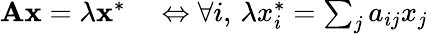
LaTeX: \begin{array}{rl}{\mathbf{Ax}=\lambda\mathbf{x}^{*}}&{{}\Leftrightarrow\forall i,\, \lambda x_{i}^{*}=\sum_{j}a_{ij}x_{j}}\end{array}